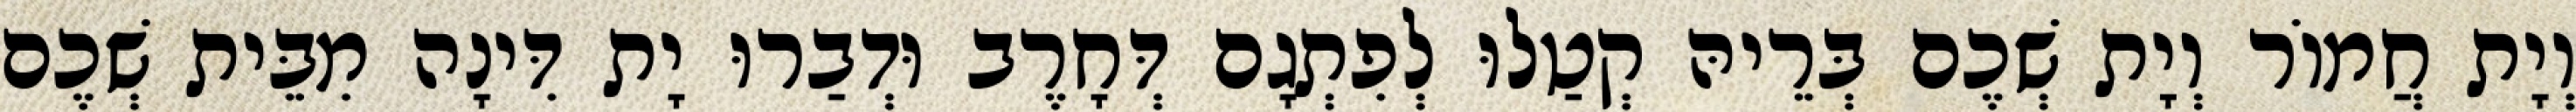
וְיָת חֲמוֹר וְיָת שְׁכֶם בְּרֵיהּ קְטַלוּ לְפִתְגָם דְּחָרֶב וּדְבַרוּ יָת דִּינָה מִבֵּית שְׁכֶם